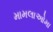
મામલાઓમા